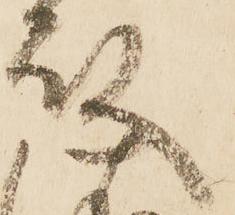
殿